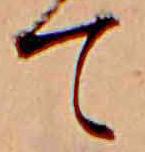
て